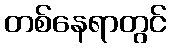
တစ်နေရာတွင်